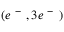
( e ^ { \mathrm { ~ - ~ } } , 3 e ^ { \mathrm { ~ - ~ } } )